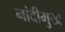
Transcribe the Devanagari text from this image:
नांदीमुख